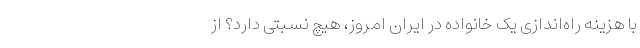
با هزینه راه‌اندازی یک خانواده در ایران امروز، هیچ نسبتی دارد؟ از